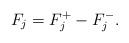
LaTeX: \begin{align*} F_j=F_j^+-F_j^-. \end{align*}